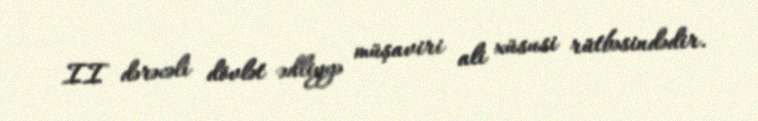
II dərəcəli dövlət ədliyyə müşaviri ali xüsusi rütbəsindədir.